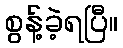
စွန့်ခဲ့ရပြီ။